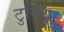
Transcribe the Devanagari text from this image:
टुनिया